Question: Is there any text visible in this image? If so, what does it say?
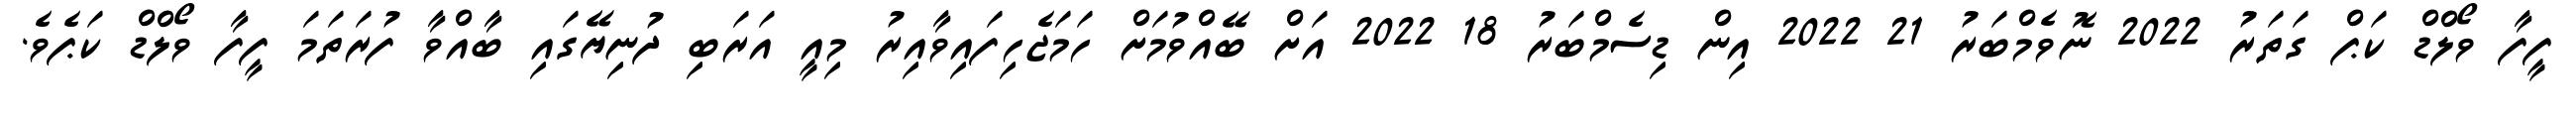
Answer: ފީފާ ވޯލްޑް ކަޕް ގަތަރު 2022 ނޮވެމްބަރު 21 2022 އިން ޑިސެމްބަރު 18 2022 އަށް ބޭއްވުމަށް ހަމަޖެހިފައިވާއިރު މިއީ އަރަބި ދުނިޔޭގައި ބާއްވާ ފުރަތަމަ ފީފާ ވޯލްޑް ކަޕެވެ.